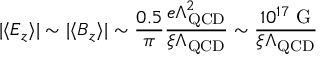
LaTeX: | \langle E _ { z } \rangle | \sim | \langle B _ { z } \rangle | \sim \frac { 0 . 5 } { \pi } \frac { e \Lambda _ { \mathrm { Q C D } } ^ { 2 } } { \xi \Lambda _ { \mathrm { Q C D } } } \sim \frac { 1 0 ^ { 1 7 } \mathrm { ~ G } } { \xi \Lambda _ { \mathrm { Q C D } } }